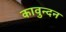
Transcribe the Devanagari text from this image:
कावुन्दन